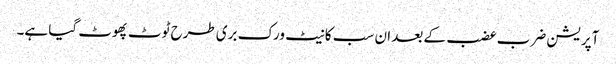
آپریشن ضرب عضب کے بعد ان سب کا نیٹ ورک بری طرح ٹوٹ پھوٹ گیا ہے۔